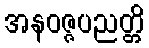
အနဝဇ္ဇပညတ္တိ